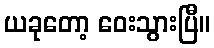
ယခုတော့ ဝေးသွားပြီ။